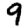
Digit: 9